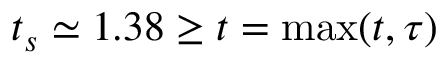
t _ { s } \simeq 1 . 3 8 \geq t = \operatorname* { m a x } ( t , \tau )